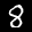
Label: 8